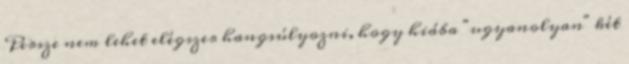
Persze nem lehet elégszer hangsúlyozni, hogy hiába "ugyanolyan" két